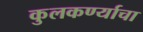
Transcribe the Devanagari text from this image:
कुलकर्ण्याचा